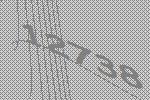
12738